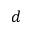
d